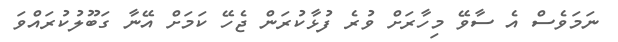
ނަމަވެސް އެ ސާވޭ މިހާރަށް ވުރެ ފުޅާކުރަން ޖެހޭ ކަމަށް އޭނާ ގަބޫލުކުރައްވަ